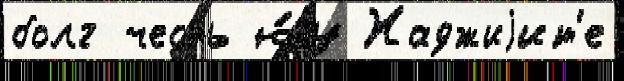
болг честь ю́гу Хаджиjит'е